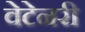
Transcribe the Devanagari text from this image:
वेटेनरी